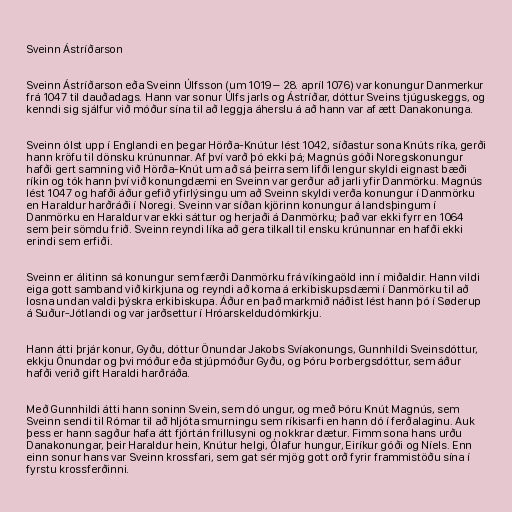
Sveinn Ástríðarson

Sveinn Ástríðarson eða Sveinn Úlfsson (um 1019 – 28. apríl 1076) var konungur Danmerkur
frá 1047 til dauðadags. Hann var sonur Úlfs jarls og Ástríðar, dóttur Sveins tjúguskeggs, og
kenndi sig sjálfur við móður sína til að leggja áherslu á að hann var af ætt Danakonunga.

Sveinn ólst upp í Englandi en þegar Hörða-Knútur lést 1042, síðastur sona Knúts ríka, gerði
hann kröfu til dönsku krúnunnar. Af því varð þó ekki þá; Magnús góði Noregskonungur
hafði gert samning við Hörða-Knút um að sá þeirra sem lifði lengur skyldi eignast bæði
ríkin og tók hann því við konungdæmi en Sveinn var gerður að jarli yfir Danmörku. Magnús
lést 1047 og hafði áður gefið yfirlýsingu um að Sveinn skyldi verða konungur í Danmörku
en Haraldur harðráði í Noregi. Sveinn var síðan kjörinn konungur á landsþingum í
Danmörku en Haraldur var ekki sáttur og herjaði á Danmörku; það var ekki fyrr en 1064
sem þeir sömdu frið. Sveinn reyndi líka að gera tilkall til ensku krúnunnar en hafði ekki
erindi sem erfiði.

Sveinn er álitinn sá konungur sem færði Danmörku frá víkingaöld inn í miðaldir. Hann vildi
eiga gott samband við kirkjuna og reyndi að koma á erkibiskupsdæmi í Danmörku til að
losna undan valdi þýskra erkibiskupa. Áður en það markmið náðist lést hann þó í Søderup
á Suður-Jótlandi og var jarðsettur í Hróarskeldudómkirkju.

Hann átti þrjár konur, Gyðu, dóttur Önundar Jakobs Svíakonungs, Gunnhildi Sveinsdóttur,
ekkju Önundar og þvi móður eða stjúpmóður Gyðu, og Þóru Þorbergsdóttur, sem áður
hafði verið gift Haraldi harðráða.

Með Gunnhildi átti hann soninn Svein, sem dó ungur, og með Þóru Knút Magnús, sem
Sveinn sendi til Rómar til að hljóta smurningu sem ríkisarfi en hann dó í ferðalaginu. Auk
þess er hann sagður hafa átt fjórtán frillusyni og nokkrar dætur. Fimm sona hans urðu
Danakonungar, þeir Haraldur hein, Knútur helgi, Ólafur hungur, Eiríkur góði og Níels. Enn
einn sonur hans var Sveinn krossfari, sem gat sér mjög gott orð fyrir frammistöðu sína í
fyrstu krossferðinni.